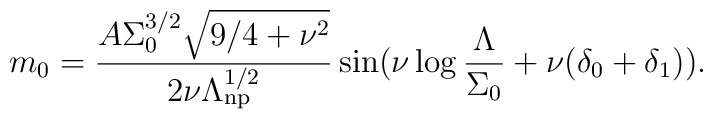
m_0=\frac{A\Sigma_0^{3/2}\sqrt{9/4+\nu^2}}{2\nu\Lambda^{1/2}_{\rm np}}\sin(\nu\log\frac{\Lambda}{\Sigma_0}+\nu(\delta_0+\delta_1)).